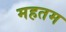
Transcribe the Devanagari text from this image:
महतम